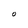
Character: O